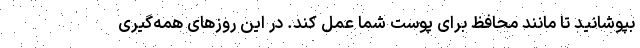
بپوشانید تا مانند محافظ برای پوست شما عمل کند. در این روزهای همه‌گیری